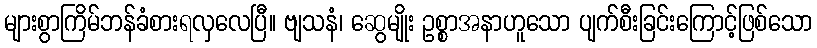
များစွာကြိမ်ဘန်ခံစားရလှလေပြီ။ ဗျသနံ၊ ဆွေမျိုး ဥစ္စာအနာဟူသော ပျက်စီးခြင်းကြောင့်ဖြစ်သော